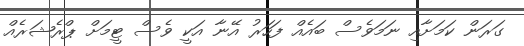
ގަރަން ކަމަށާއި ނަމަވެސް ބައެއް ފަހަރު އޭނާ އަކީ ވެސް ޓީމަށް ޕްރެޝަރެއް